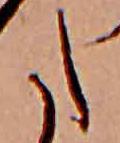
た